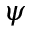
\psi